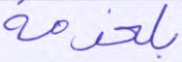
بلخدمة